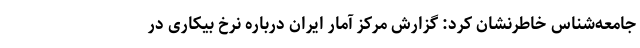
جامعه‌شناس خاطرنشان کرد: گزارش مرکز آمار ایران درباره نرخ بیکاری در